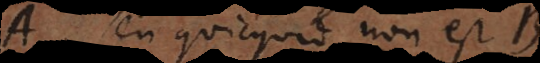
A, seu quicquid non est B